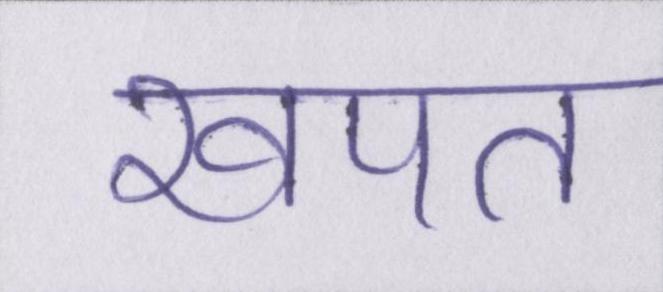
खपत